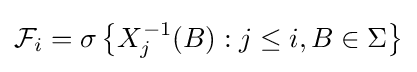
{\mathcal {F}}_{i}=\sigma \left\{X_{j}^{-1}(B):j\leq i,B\in \Sigma \right\}